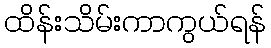
ထိန်းသိမ်းကာကွယ်ရန်